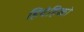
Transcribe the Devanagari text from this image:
हिदेहिको